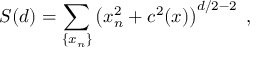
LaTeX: S ( d ) = \sum _ { \{ x _ { n } \} } \left( x _ { n } ^ { 2 } + c ^ { 2 } ( x ) \right) ^ { d / 2 - 2 } \; ,